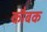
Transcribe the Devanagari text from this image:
कौबक